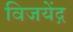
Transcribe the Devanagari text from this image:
विजयेंद्ग